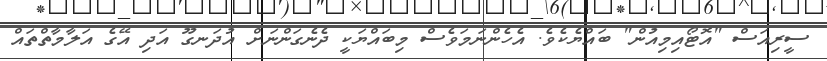
ސީރިއަސް "އޮޓޯއިމިއުން" ބައްޔެކެެވެ. އެހެންނަމަވެސް މިބައްޔަކީ ދެނެގަންނަށް އުދަނގޫ އަދި އޭގެ އަލާމާތްތައް